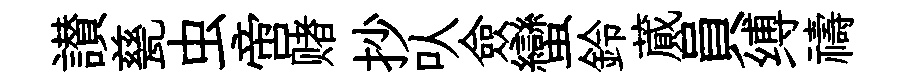
讃甆虫啻赌抄㕥僉蠻鈴蕆員缚禱